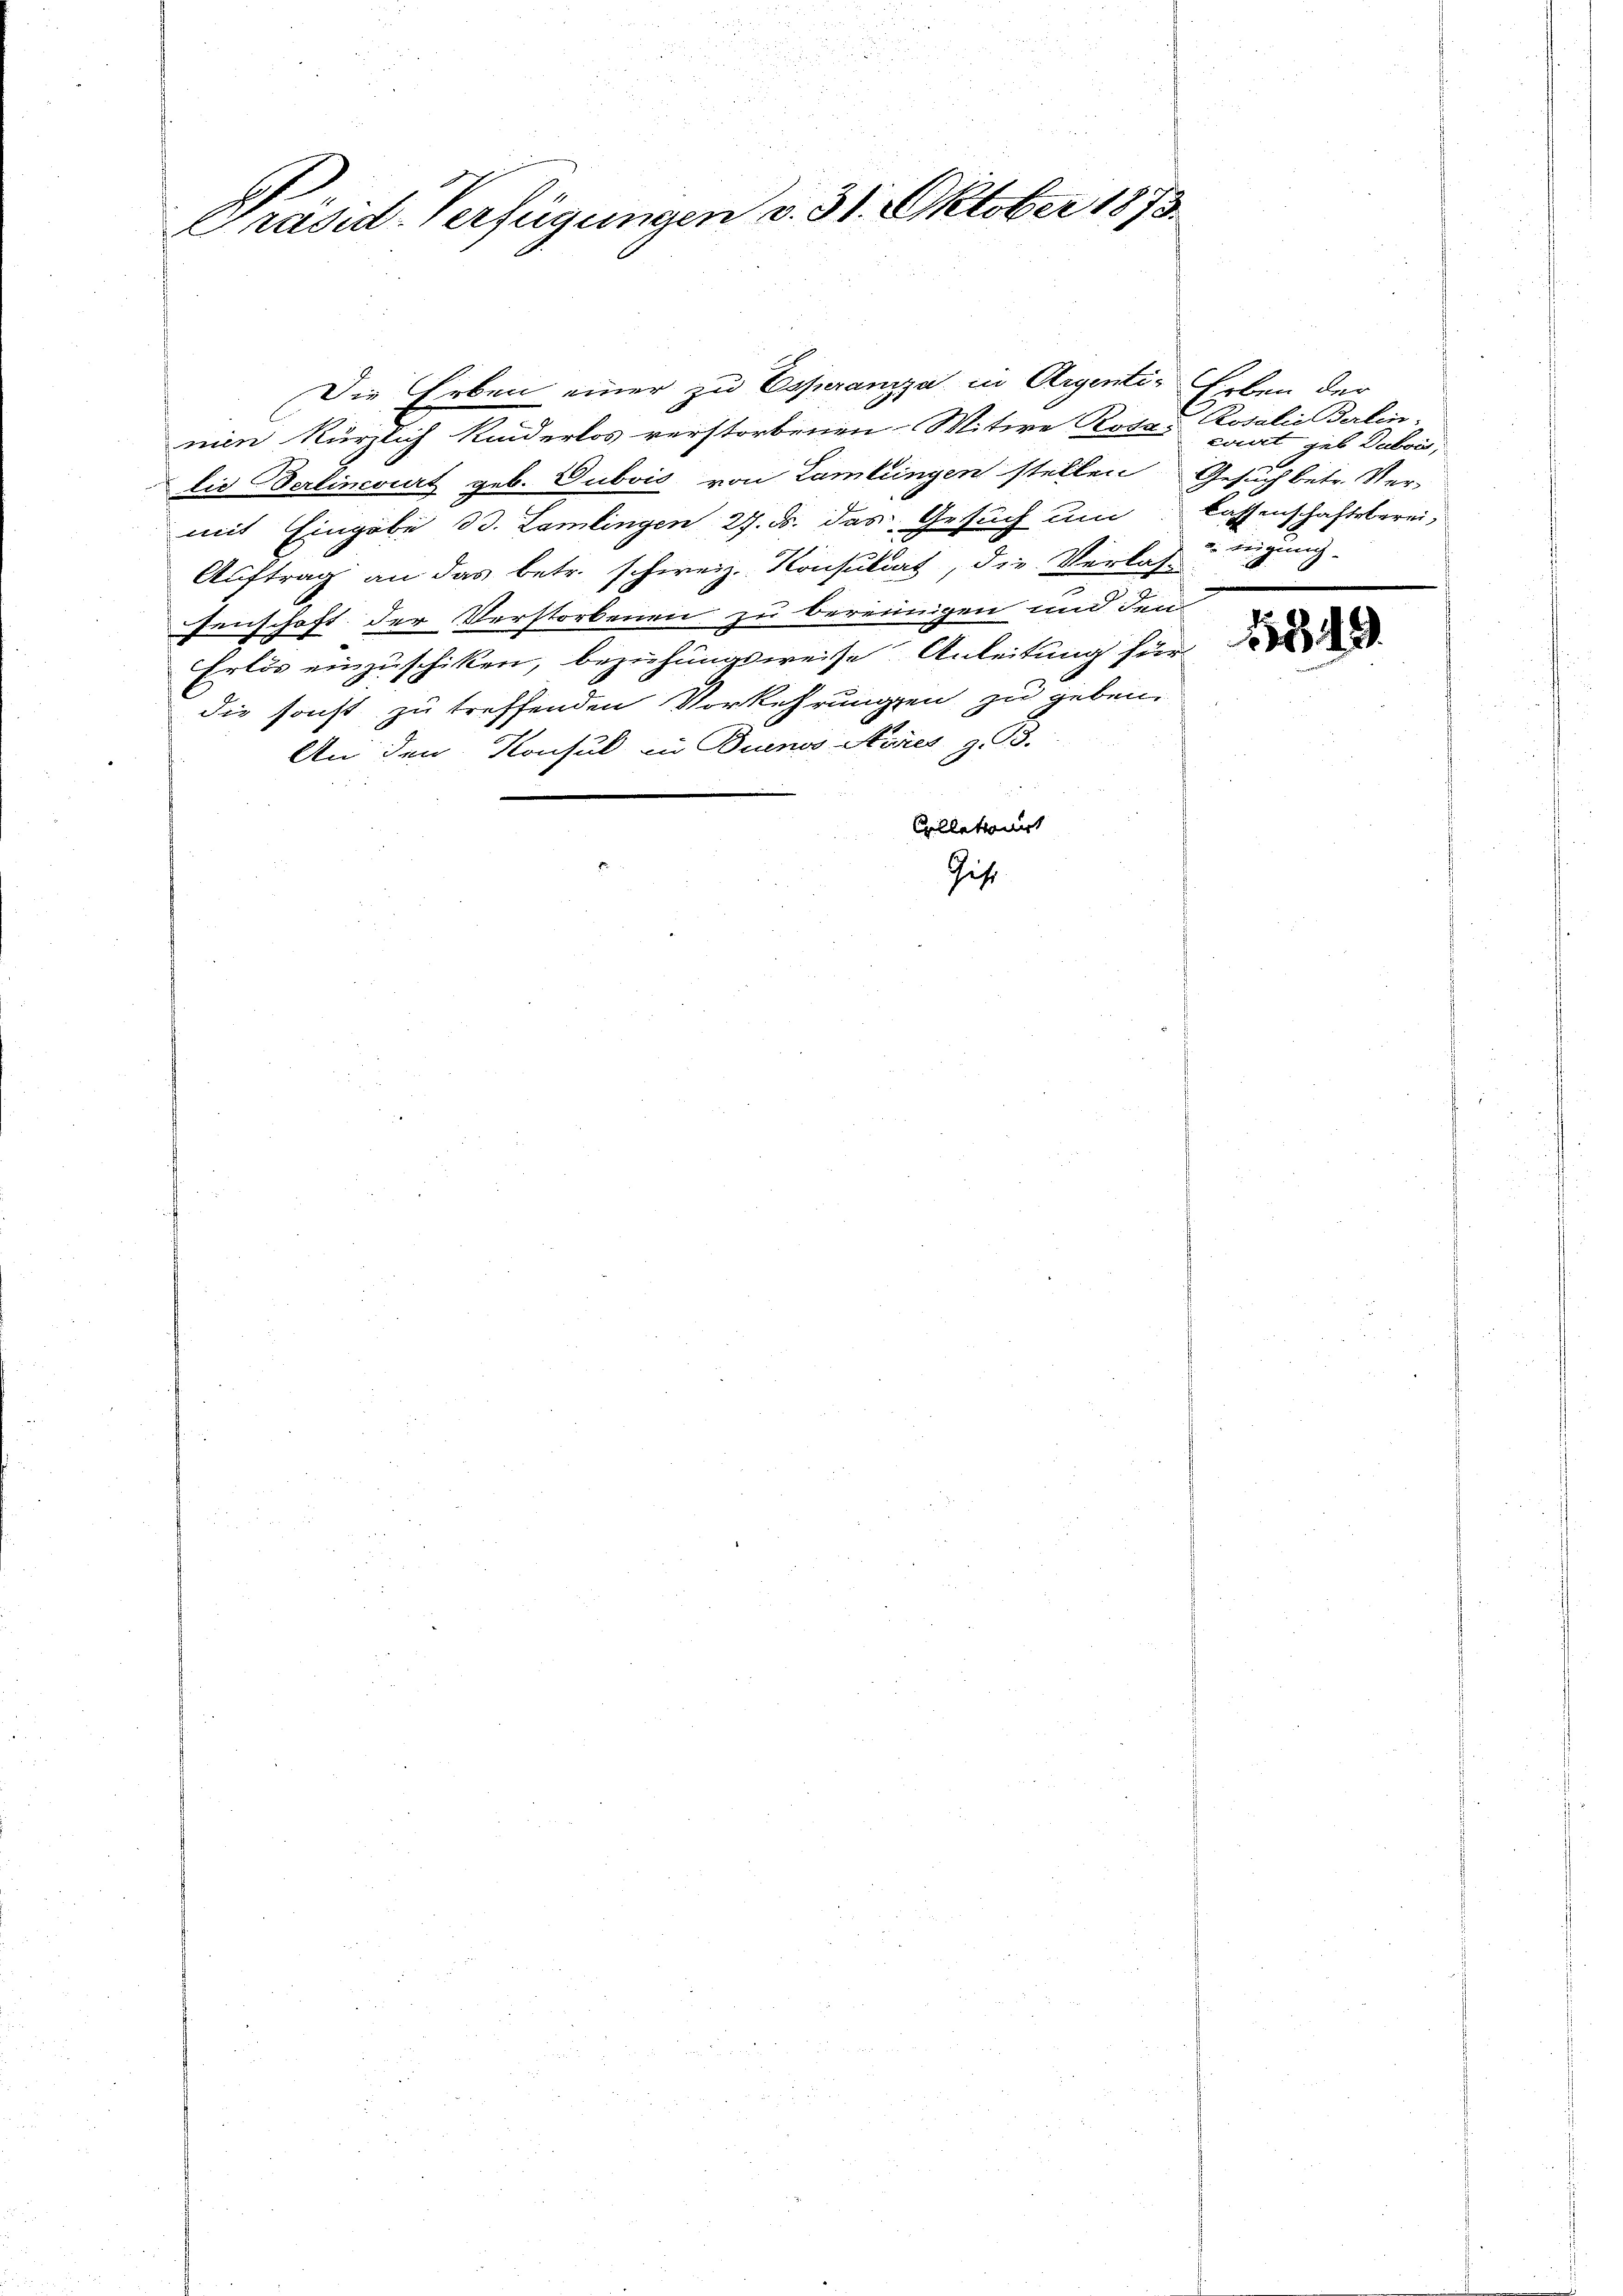
Präsid. Verfügungen v. 31. Oktober 1873.

nien kürzlich Kinderlos verstorbenen Witwe Rosas Saat geb Dubois,
lie Berlincourt geb. Dubois von Lamlungen stellen Gesuch betr. Ver-
mit Eingabe B. Lamlingen 27. d. das Gesuch um lassenschaftsberei,
Auftrag an das betr. schweiz. Konsultat, die Verlassenschaft der Verstorbenen zu bereinigen und den
Erlös einzuschiken, beziehungsweise Anleitung für
die sonst zu treffenden Vorkehrungen zu geben.
An den Konsul in Buenos Nores z. B.
Collationirt
Gest

Die Erben einer zu Essuranzja in Argenti- Erben der

Rosalie Berlin-

. zeigung

1349.